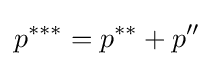
p^{***}=p^{**}+p''